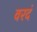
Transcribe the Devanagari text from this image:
वरदं